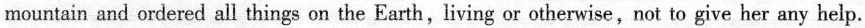
mountain and ordered all things on the Earth,living or otherwise,not to give her any help.